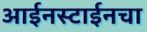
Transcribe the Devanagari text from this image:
आईनस्टाईनचा